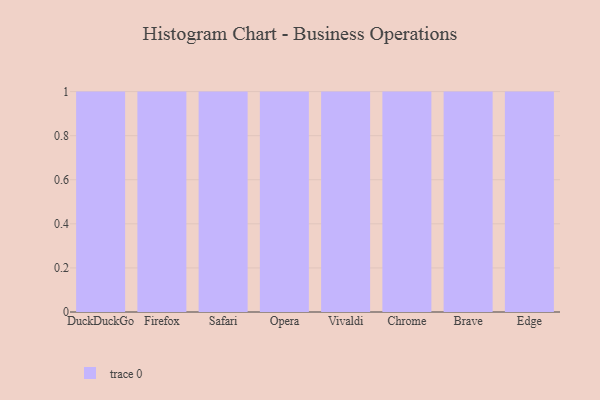
{"axis": {"x": "Browser", "y": "Latency (ms)"}, "legend": [""], "data": [{"x": "DuckDuckGo", "y": 30, "type": ""}, {"x": "Firefox", "y": 31, "type": ""}, {"x": "Safari", "y": 60, "type": ""}, {"x": "Opera", "y": 22, "type": ""}, {"x": "Vivaldi", "y": 65, "type": ""}, {"x": "Chrome", "y": 42, "type": ""}, {"x": "Brave", "y": 59, "type": ""}, {"x": "Edge", "y": 57, "type": ""}]}